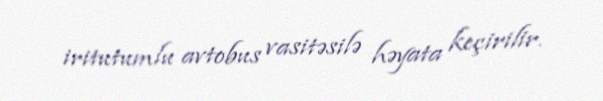
iritutumlu avtobus vasitəsilə həyata keçirilir.